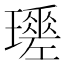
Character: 𤪩